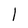
Character: 1